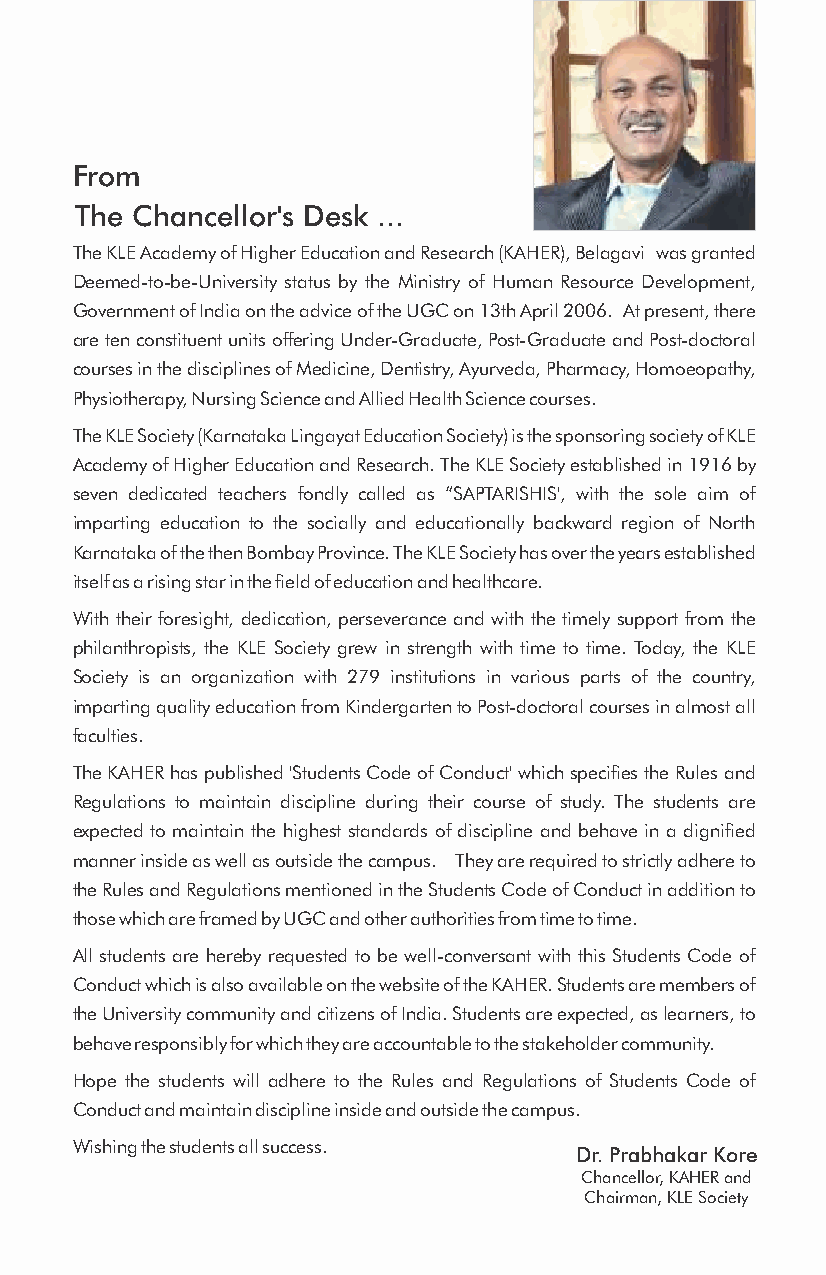
From
 The Chancellor's Desk ...
 The KLE Academy of Higher Education and Research (KAHER), Belagavi was granted
 Deemed-to-be-University status by the Ministry of Human Resource Development,
 Government of India on the advice of the UGC on 13th April 2006. At present, there
 are ten constituent units offering Under-Graduate, Post-Graduate and Post-doctoral
 courses in the disciplines of Medicine, Dentistry, Ayurveda, Pharmacy, Homoeopathy,
 Physiotherapy, Nursing Science and Allied Health Science courses.
 The KLE Society (Karnataka Lingayat Education Society) is the sponsoring society of KLE
 Academy of Higher Education and Research. The KLE Society established in 1916 by
 seven dedicated teachers fondly called as “SAPTARISHIS', with the sole aim of
 imparting education to the socially and educationally backward region of North
 Karnataka of the then Bombay Province. The KLE Society has over the years established
 itself as a rising star in the field of education and healthcare.
 With their foresight, dedication, perseverance and with the timely support from the
 philanthropists, the KLE Society grew in strength with time to time. Today, the KLE
 Society is an organization with 279 institutions in various parts of the country,
 imparting quality education from Kindergarten to Post-doctoral courses in almost all
 faculties.
 The KAHER has published 'Students Code of Conduct' which specifies the Rules and
 Regulations to maintain discipline during their course of study. The students are
 expected to maintain the highest standards of discipline and behave in a dignified
 manner inside as well as outside the campus. They are required to strictly adhere to
 the Rules and Regulations mentioned in the Students Code of Conduct in addition to
 those which are framed by UGC and other authorities from time to time.
 All students are hereby requested to be well-conversant with this Students Code of
 Conduct which is also available on the website of the KAHER. Students are members of
 the University community and citizens of India. Students are expected, as learners, to
 behave responsibly for which they are accountable to the stakeholder community.
 Hope the students will adhere to the Rules and Regulations of Students Code of
 Conduct and maintain discipline inside and outside the campus.
 Wishing the students all success.
 Dr. Prabhakar Kore
 Chancellor, KAHER and
 Chairman, KLE Society